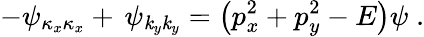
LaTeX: -\psi_{\kappa_{x}\kappa_{x}}+\, \psi_{\mathit{k}_{y}\mathit{k}_{y}}=\left(p_{x}^{2}+p_{y}^{2}-E\right)\psi\; .